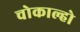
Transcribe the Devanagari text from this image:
चोकाल्हो